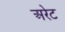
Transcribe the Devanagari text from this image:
अरेट